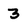
Character: 3